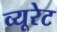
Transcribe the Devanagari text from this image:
व्यूरेट